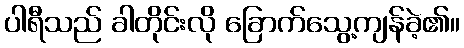
ပါရီသည် ခါတိုင်းလို ခြောက်သွေ့ကျန်ခဲ့၏။